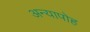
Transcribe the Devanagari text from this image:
अन्यापोह